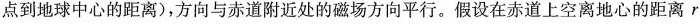
点到地球中心的距离)，方向与赤道附近处的磁场方向平行。假设在赤道上空离地心的距离$$r